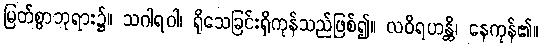
မြတ်စွာဘုရား၌။ သဂါရဝါ၊ ရိုသေခြင်းရှိကုန်သည်ဖြစ်၍။ လဝိရဟန္တိ၊ နေကုန်၏။